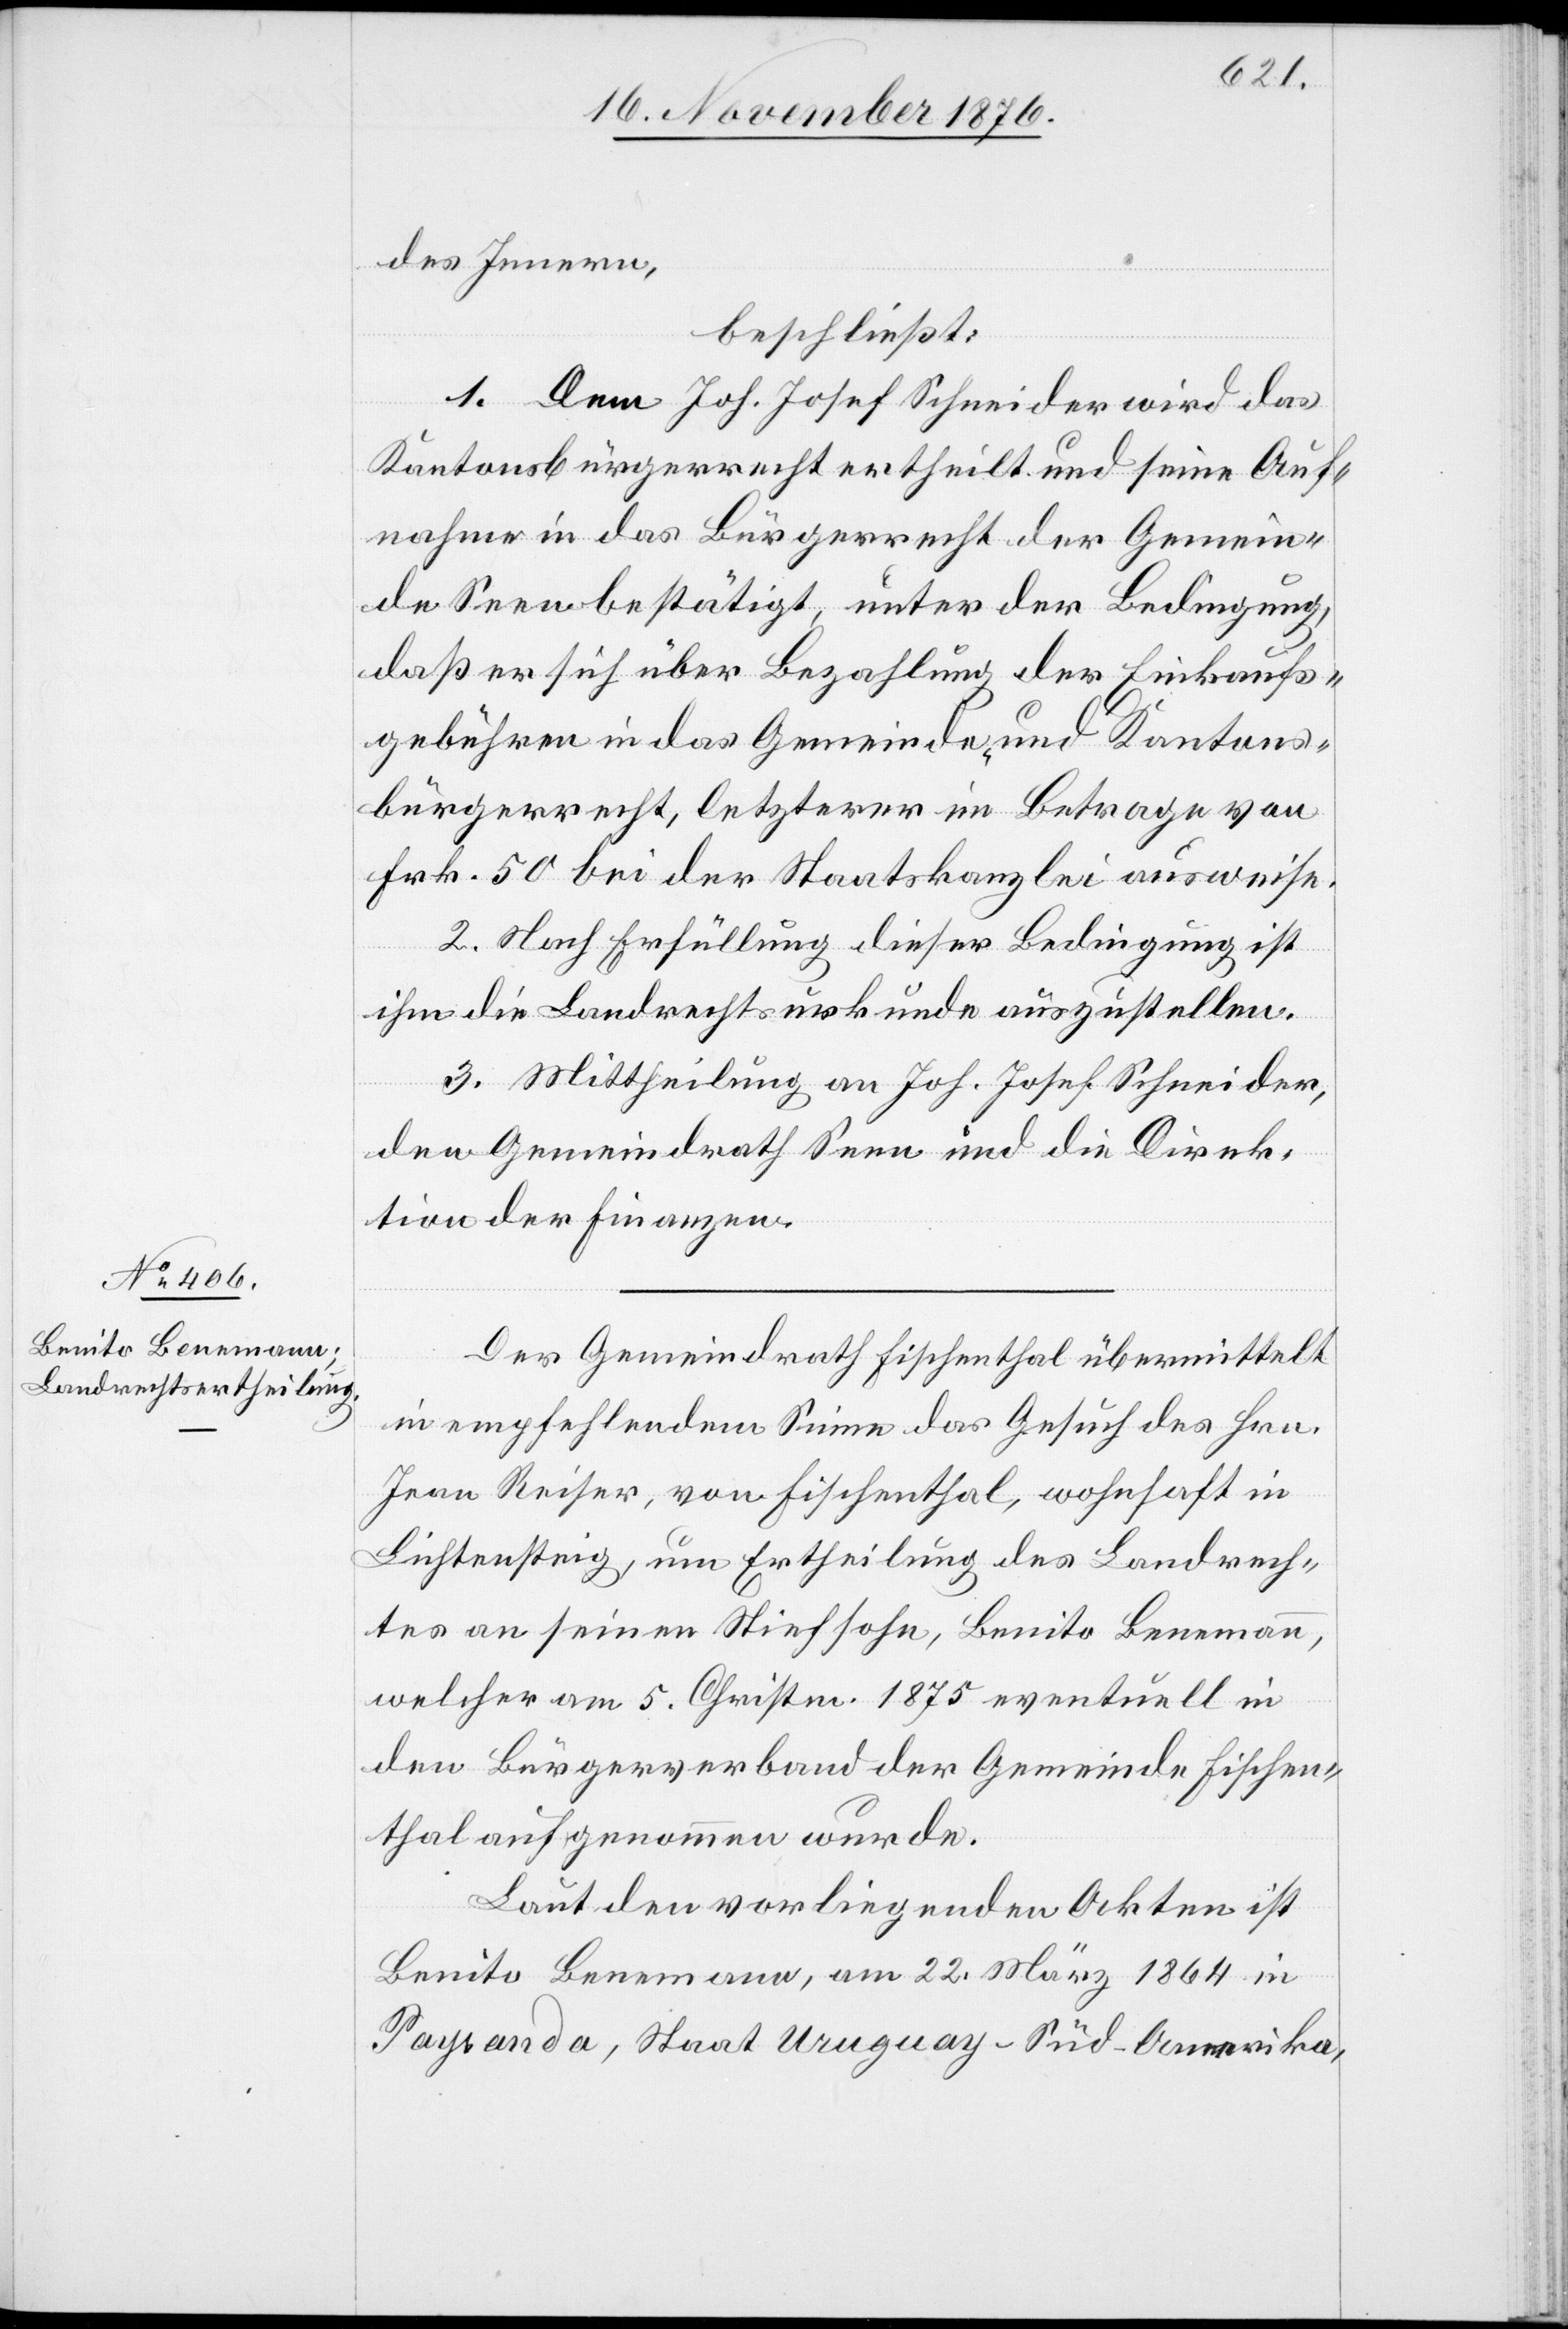
des Innern,
beschließt:
1. Dem Joh. Josef Schneider wird das
Kantonsbürgerrecht ertheilt und seine Auf¬
nahme in das Bürgerrecht der Gemein¬
de Seen bestätigt, unter der Bedingung,
daß er sich über Bezahlung der Einkaufs¬
gebühren in das Gemeinde- und Kantons¬
bürgerrecht, letzterer im Betrage von
Frk. 50 bei der Staatskanzlei ausweise.
2. Nach Erfüllung dieser Bedingung ist
ihm die Landrechtsurkunde auszustellen.
3. Mittheilung an Joh. Josef Schneider,
den Gemeindrath Seen und die Direk¬
tion der Finanzen.